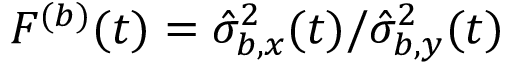
F ^ { ( b ) } ( t ) = { \hat { \sigma } _ { b , x } ^ { 2 } ( t ) } / { \hat { \sigma } _ { b , y } ^ { 2 } ( t ) }